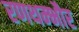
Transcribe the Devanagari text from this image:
रणथम्‍भौर